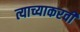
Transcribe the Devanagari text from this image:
त्याच्याकरवी